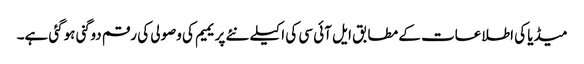
میڈیا کی اطلاعات کے مطابق ایل آئی سی کی اکیلے نئے پریمیم کی وصولی کی رقم دوگنی ہوگئی ہے۔